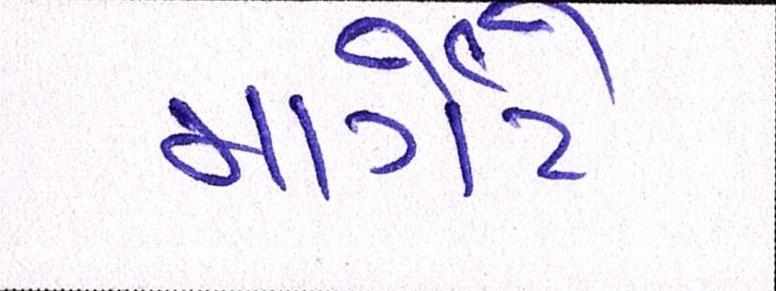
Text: માર્ગેટે